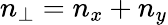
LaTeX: n_{\bot}=n_{x}+n_{y}